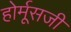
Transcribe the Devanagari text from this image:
होर्मूसजी